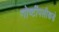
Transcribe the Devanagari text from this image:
गोष्टींपलीकडे